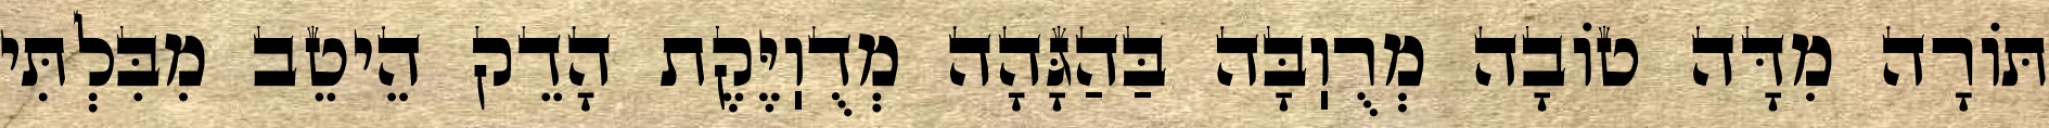
תּוֹרָה מִדָּה טוֹבָה מְרֻוֽבָּה בַּהַגָּהָה מְדֻוֽיֶּקֶת הָדֵק הֵיטֵב מִבִּלְתִּי